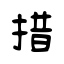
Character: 措